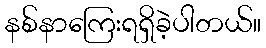
နစ်နာကြေးရရှိခဲ့ပါတယ်။